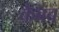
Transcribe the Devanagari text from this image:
कैबब